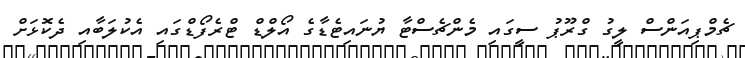
ޗެމްޕިއަންސް ލީގު ގްރޫޕު ސީގައި މެންޗެސްޓާ ޔުނައިޓެޑާގެ އޯލްޑް ޓްރެފޯޑްގައި އެކުލަބާއި ދެކޮޅަށް